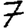
Digit: 7